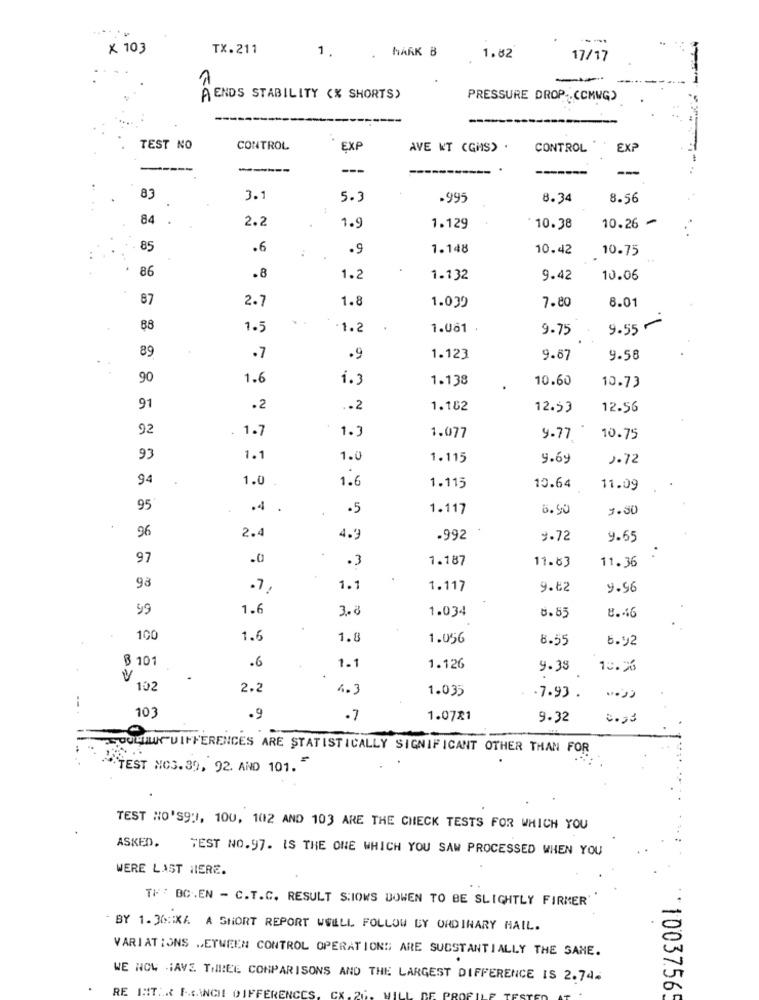
X 103
TX.211
MARK B
1.
1.82
17/17
-
AENDS STABILITY <% SHORTS)
PRESSURE DROP -. COMWG)
TEST NO
CONTROL
EXF
AVE N'T CGHS) .
CONTROL
EXP
---
-----
---
----
-
83
3.1
5.3
.995
8.34
8.56
84
2.2
1.9
1.129
* 10.38
10.26
85
.6
.9
1.148
10.42
10.75
86
.8
1.2
1.132
9.42
10.06
87
2.7
1.8
7.80
8.01
1.039
88
1.5
1.2
1.061 .
9.75
9.55 -
89
.7
.9
1.123
9.67
9.58
90
1.6
1.3
1.138
10.60
10.73
91
.2
.2
1.102
12.53
12.56
92
1.7
1.3
1.077
9-77
10.75
93
1.
1.0
1.115
9.69
1.72
94
1.0
1.6
1.115
10.64
11.09
95
.4
.5
1.117
6.50
1.00
96
2.4
4."
.992
9.72
9.65
97
.0
.3
1.187
11.83
11.36
98
.7,
1.1
1.117
9.82
9.56
99
1.6
3.8
1.034
8.85
8.46
100
1.6
1.8
1.056
8.55
6.92
6 101
.6
1.1
1.126
9.38
10.25
102
2.2
4.3
1.035
.7.93 .
10
.9
.7
1.0721
9.32
0.33
SOUHUN DIFFERENCES ARE STATISTICALLY SIGNIFICANT OTHER THAN FOR
TEST NC3. 39, 92. AND 101.
TEST NO'S93, 100, 102 AND 103 ARE THE CHECK TESTS FOR WHICH YOU
ASKED.
TEST NO.97. IS THE ONE WHICH YOU SAW PROCESSED WHEN YOU
WERE LAST HIERE.
TH: BC.EN - C.T.C. RESULT S:IOWS DOWEN TO BE SLIGHTLY FIRMER
- BY 1.30:XA A SHORT REPORT WWILL FOLLOW BY ORDINARY HAIL.
VARIATIONS .ETWEEN CONTROL OPERATIONS ARE SUBSTANTIALLY THE SAME.
WE NOW HAVE THREE COMPARISONS AND THE LARGEST DIFFERENCE IS 2.74.
*10037.565